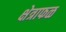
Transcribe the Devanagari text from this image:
क्षेत्राफळ